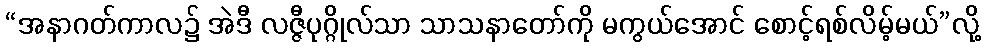
“အနာဂတ်ကာလ၌ အဲဒီ လဇ္ဇီပုဂ္ဂိုလ်သာ သာသနာတော်ကို မကွယ်အောင် စောင့်ရစ်လိမ့်မယ်”လို့